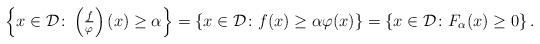
LaTeX: \begin{align*}\left\{x \in \mathcal{D} \colon \left(\tfrac{f}{\varphi}\right)(x) \ge \alpha \right\} = \left\{x \in \mathcal{D} \colon f(x) \ge \alpha \varphi(x) \right\} = \left\{x \in \mathcal{D} \colon F_{\alpha}(x) \ge 0 \right\}.\end{align*}